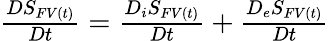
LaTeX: \begin{array}{r}{\frac{DS_{FV(t)}}{Dt}=\frac{D_{i}S_{FV(t)}}{Dt}+\frac{D_{e}S_{FV(t)}}{Dt}}\end{array}